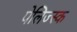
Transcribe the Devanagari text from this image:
पेलिज्स्क